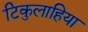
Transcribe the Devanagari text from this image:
टिकुलाहिया